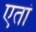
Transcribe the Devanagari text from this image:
एतां